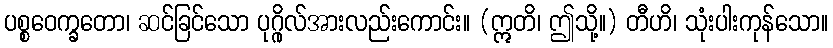
ပစ္စဝေက္ခတော၊ ဆင်ခြင်သော ပုဂ္ဂိုလ်အားလည်းကောင်း။ (ဣတိ၊ ဤသို့။) တီဟိ၊ သုံးပါးကုန်သော။